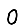
Digit: 0